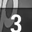
Digit: 3